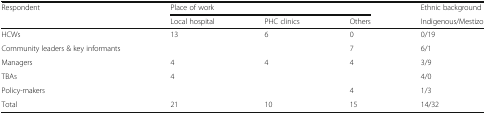
<table><thead><tr><td><b>Respondent</b></td><td colspan="3"><b>Place of work</b></td><td><b>Ethnic background</b></td></tr><tr><td></td><td><b>Local hospital</b></td><td><b>PHC clinics</b></td><td><b>Others</b></td><td><b>Indigenous/Mestizo</b></td></tr></thead><tbody><tr><td>HCWs</td><td>13</td><td>6</td><td>0</td><td>0/19</td></tr><tr><td>Community leaders &amp; key informants</td><td></td><td></td><td>7</td><td>6/1</td></tr><tr><td>Managers</td><td>4</td><td>4</td><td>4</td><td>3/9</td></tr><tr><td>TBAs</td><td>4</td><td></td><td></td><td>4/0</td></tr><tr><td>Policy-makers</td><td></td><td></td><td>4</td><td>1/3</td></tr><tr><td>Total</td><td>21</td><td>10</td><td>15</td><td>14/32</td></tr></tbody></table>